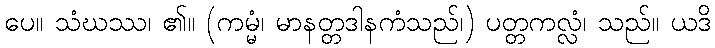
ပေ။ သံဃဿ၊ ၏။ (ကမ္မံ၊ မာနတ္တဒါနကံသည်၊) ပတ္တကလ္လံ၊ သည်။ ယဒိ